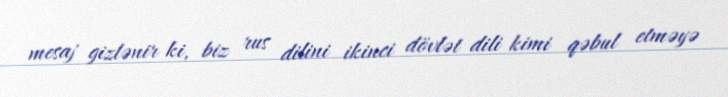
mesaj gizlənir ki, biz rus dilini ikinci dövlət dili kimi qəbul etməyə